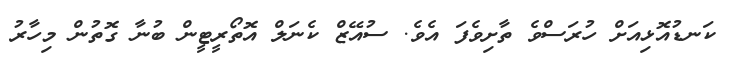
ކަނޑުއޮޅިއަށް ހުރަސްވެ ތާށިވެފަ އެވެ. ސުއޭޒް ކެނަލް އޮތޯރީޓީން ބުނާ ގޮތުން މިހާރު